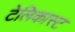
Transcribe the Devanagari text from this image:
टेलिकास्ट